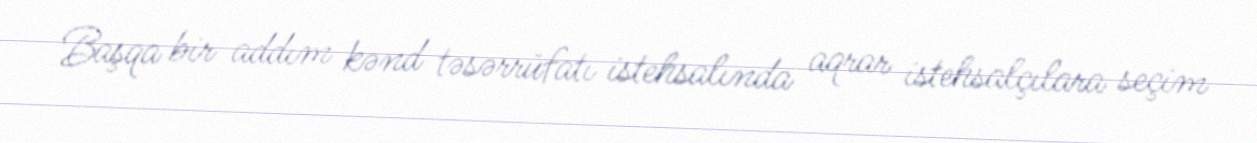
Başqa bir addım kənd təsərrüfatı istehsalında aqrar istehsalçılara seçim